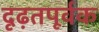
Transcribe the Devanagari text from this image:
दृढ़तपूर्वक